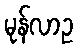
မုန်လာဥ